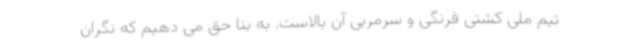
تیم ملی کشتی فرنگی و سرمربی آن بالاست. به بنا حق می دهیم که نگران